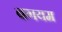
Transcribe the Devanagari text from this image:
बगयम